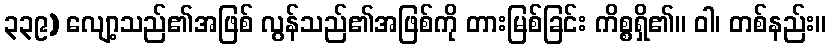
၃၃၉) လျော့သည်၏အဖြစ် လွန်သည်၏အဖြစ်ကို တားမြစ်ခြင်း ကိစ္စရှိ၏။ ဝါ၊ တစ်နည်း။